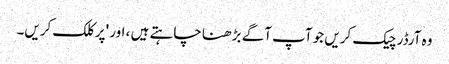
وہ آرڈر چیک کریں جو آپ آگے بڑھنا چاہتے ہیں ، اور 'پر کلک کریں۔